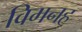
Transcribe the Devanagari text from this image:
विमनह